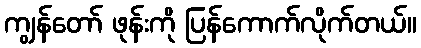
ကျွန်တော် ဖုန်းကို ပြန်ကောက်လိုက်တယ်။